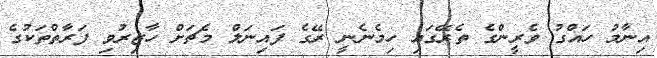
އިނާމު ހައްގު ވެރީންގެ ތެރޭގައި ހިމެނެނީ ރޭގެ ފައިނަލް މެޗަށް ހާޒިރުވި ފަރާތްތަކުގެ